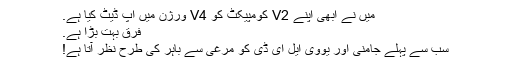
میں نے ابھی اپنے V2 کومپیکٹ کو V4 ورژن میں اپ ڈیٹ کیا ہے.
فرق بہت بڑا ہے.
سب سے پہلے جامنی اور یووی ایل ای ڈی کو مرغی سے باہر کی طرح نظر آتا ہے!